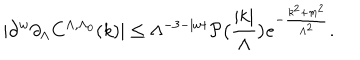
LaTeX: | \partial ^ { w } \partial _ { \Lambda } C ^ { \Lambda , \Lambda _ { 0 } } ( k ) | \le \Lambda ^ { - 3 - | w | } \mathcal { P } \bigl ( \frac { | k | } { \Lambda } \bigr ) e ^ { - \frac { k ^ { 2 } + m ^ { 2 } } { \Lambda ^ { 2 } } } .